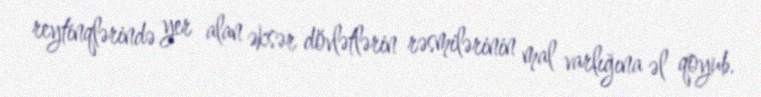
reytinqlərində yer alan əksər dövlətlərin rəsmilərinin mal varlığına əl qoyub.